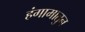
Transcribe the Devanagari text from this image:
हंगामातुन